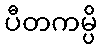
ပီတကမ္ပိ